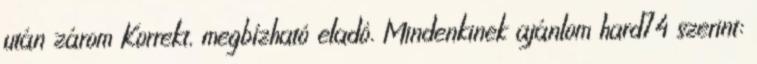
után zárom Korrekt, megbízható eladó. Mindenkinek ajánlom hard74 szerint: